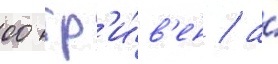
00 гр'и́в'ен / а́